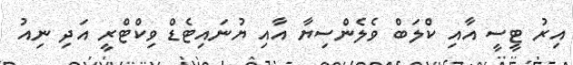
އިރު ޓީސީ އާއި ކްލަބް ވެލެންސިޔާ އާއި ޔުނައިޓެޑް ވިކްޓްރީ އަދި ނިއު